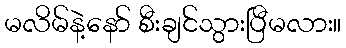
မလိမ်နဲ့နော် စီးချင်သွားပြီမလား။